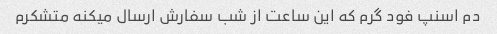
دم اسنپ فود گرم که این ساعت از شب سفارش ارسال میکنه متشکرم